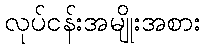
လုပ်ငန်းအမျိုးအစား